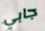
جابي